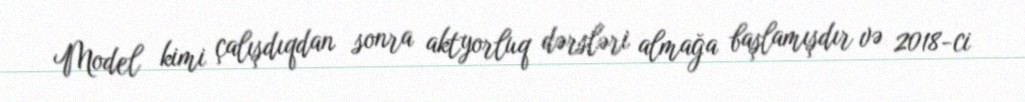
Model kimi çalışdıqdan sonra aktyorluq dərsləri almağa başlamışdır və 2018-ci